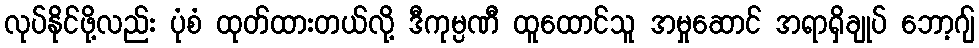
လုပ်နိုင်ဖို့လည်း ပုံစံ ထုတ်ထားတယ်လို့ ဒီကုမ္ပဏီ ထူထောင်သူ အမှုဆောင် အရာရှိချုပ် ဘော့ဂျ်